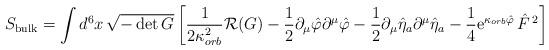
LaTeX: \begin{align*}S_{\rm bulk} = \int d^6x \,\sqrt{-\det G}\left[\frac{1}{2\kappa_{orb}^2}{\cal R}(G) -\frac{1}{2}\partial_{\mu}\hat \varphi \partial^{\mu}\hat \varphi -\frac{1}{2}\partial_{\mu} \hat \eta_a \partial^{\mu}\hat \eta_a -\frac{1}{4} {\rm e}^{\kappa_{orb} \hat \varphi}\,\hat F^{\,2}\right] \end{align*}